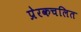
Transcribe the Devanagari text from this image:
प्रेरकचलित